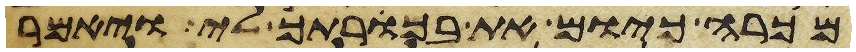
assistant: מכרה כיום את בכרתך לי ויאמר